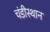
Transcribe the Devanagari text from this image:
चंडीस्थान